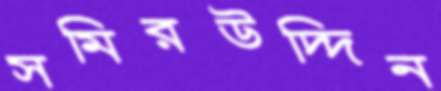
সমিরউদ্দিন